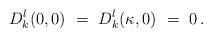
LaTeX: \begin{align*}D_k^l(0 , 0)\ = \ D_k^l( \kappa , 0 ) \ = \ 0\, .\end{align*}